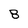
Character: 8